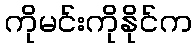
ကိုမင်းကိုနိုင်က